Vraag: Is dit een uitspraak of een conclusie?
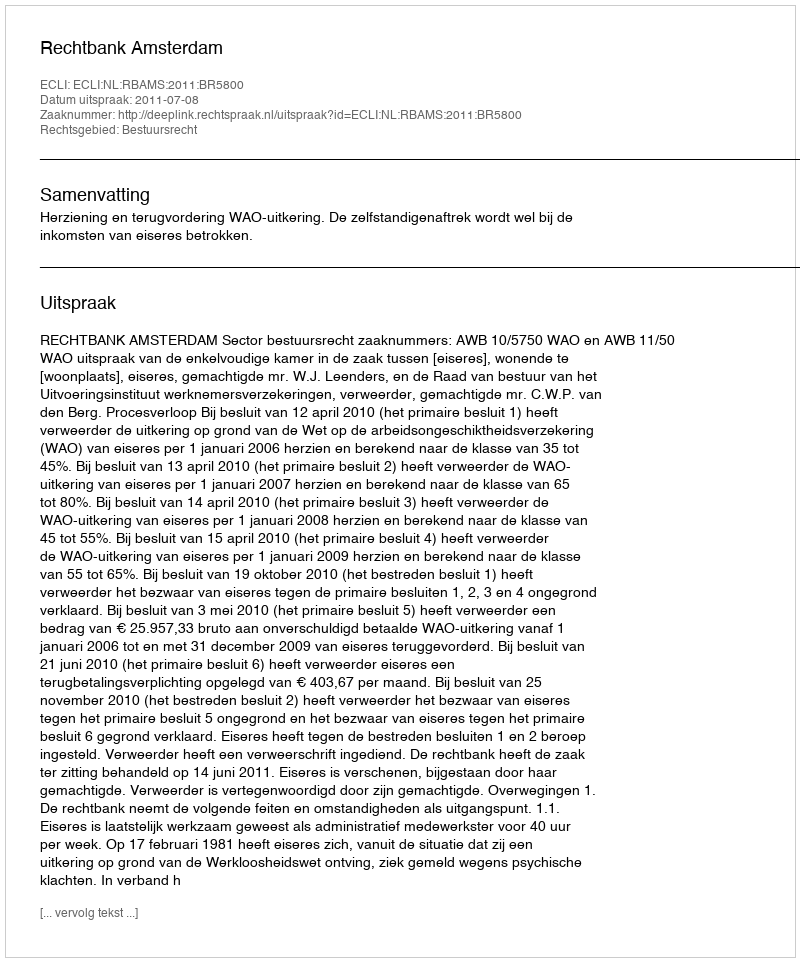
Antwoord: Uitspraak